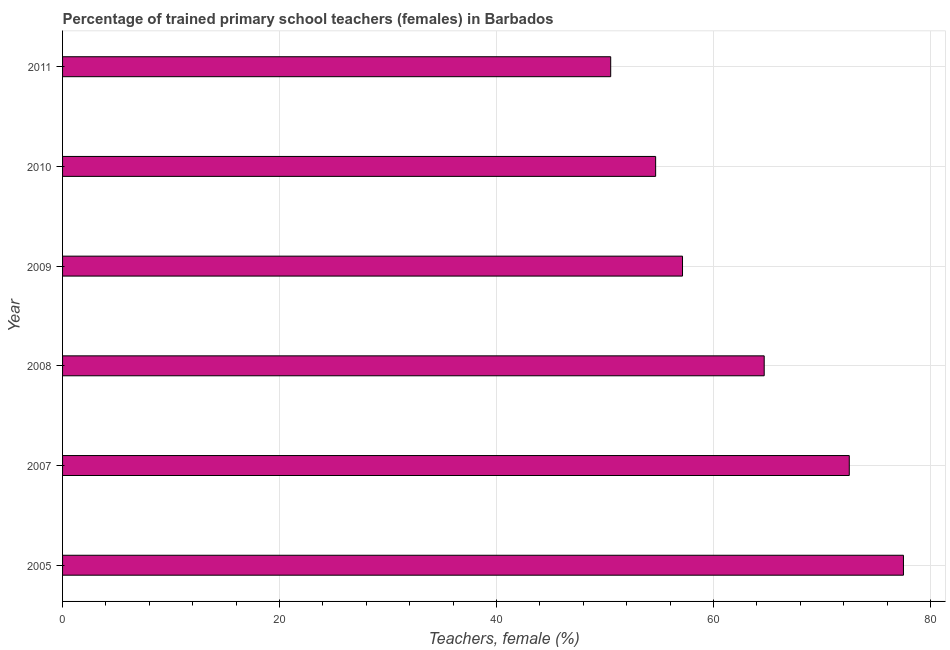
| Year | Trained teachers female |
 | --- | --- |
 | 2005 | 77.5 |
 | 2007 | 72.5 |
 | 2008 | 64.7 |
 | 2009 | 57.1 |
 | 2010 | 54.7 |
 | 2011 | 50.5 |